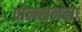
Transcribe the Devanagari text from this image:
पोलसनला